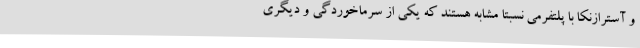
و آسترازنکا با پلتفرمی نسبتا مشابه هستند که یکی از سرماخوردگی و دیگری